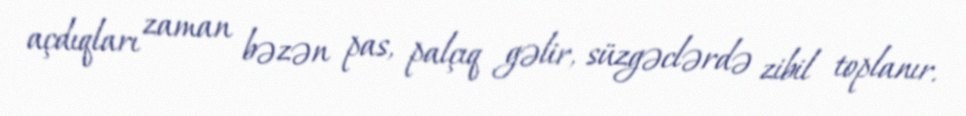
açdıqları zaman bəzən pas, palçıq gəlir, süzgəclərdə zibil toplanır.